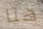
هنا